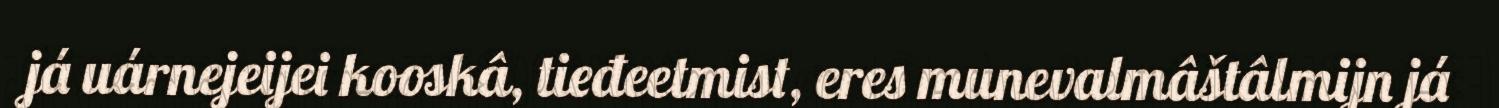
já uárnejeijei kooskâ, tieđeetmist, eres munevalmâštâlmijn já